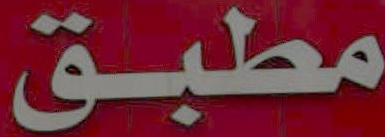
مطبق